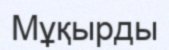
Мұқырды